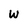
Character: W